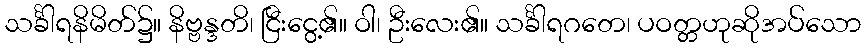
သင်္ခါရနိမိတ်၌။ နိဗ္ဗန္ဒတိ၊ ငြီးငွေ့၏။ ဝါ၊ ဦးလေး၏။ သင်္ခါရဂတေ၊ ပဝတ္တဟုဆိုအပ်သော